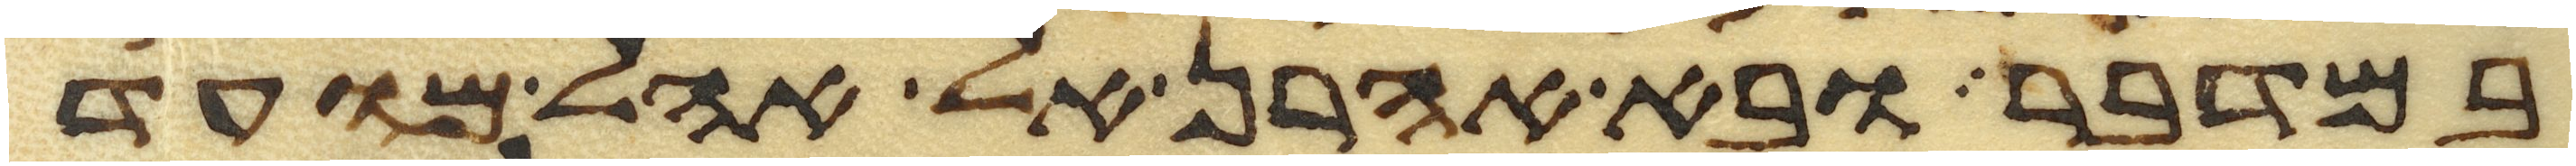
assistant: במדבר ובא אהרן אל אהל מועד